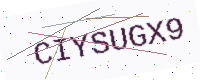
Text: CIYSUGX9